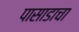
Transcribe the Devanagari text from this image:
पासाडाचा